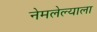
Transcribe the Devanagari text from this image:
नेमलेल्याला